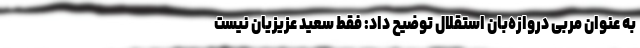
به عنوان مربی دروازه‌بان استقلال توضیح داد: فقط سعید عزیزیان نیست